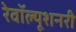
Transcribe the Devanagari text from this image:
रेवॉल्यूशनरी